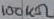
Text: 100KΩ